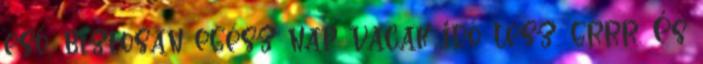
eső, biztosan egész nap vacak idő lesz. grrr. És